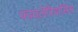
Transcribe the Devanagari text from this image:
फायलेरियासिस